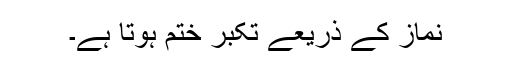
نماز کے ذریعے تکبر ختم ہوتا ہے۔